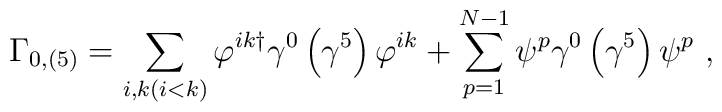
\Gamma_{0,\left(5\right)}=\sum _{i,k(i<k)} \varphi^{ik\dagger}\gamma^{0}\left(\gamma^{5}\right)\varphi^{ik}+\sum_{p=1}^{N-1} \psi^{p}\gamma^{0}\left(\gamma^{5}\right)\psi^{p}\ ,